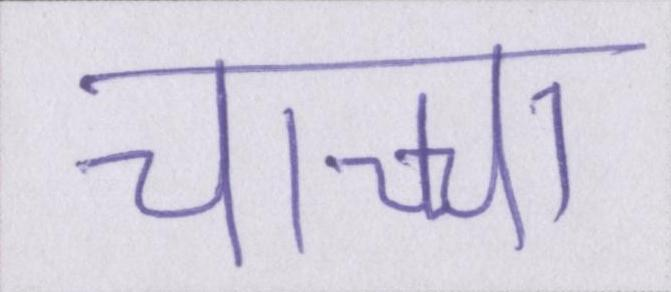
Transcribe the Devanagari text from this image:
चाच्चा